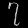
Digit: ၇